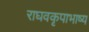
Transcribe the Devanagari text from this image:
राघवकृपाभाष्य